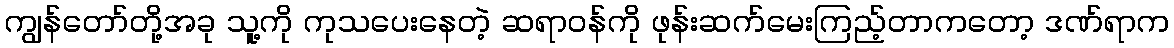
ကျွန်တော်တို့အခု သူ့ကို ကုသပေးနေတဲ့ ဆရာဝန်ကို ဖုန်းဆက်မေးကြည့်တာကတော့ ဒဏ်ရာက